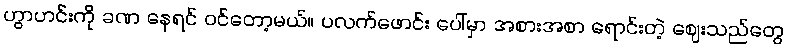
ဟွာဟင်းကို ခဏ နေရင် ဝင်တော့မယ်။ ပလက်ဖောင်း ပေါ်မှာ အစားအစာ ရောင်းတဲ့ ဈေးသည်တွေ